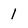
Character: 1